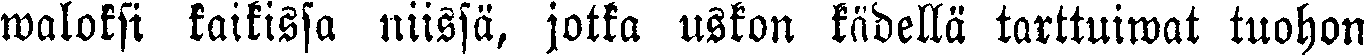
waloksi kaikissa niissä, jotka uskon kädellä tarttuiwat tuohon